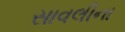
સાવલીના